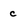
Character: c